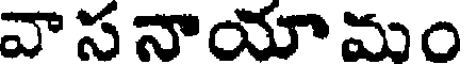
వా స నాయా మం